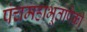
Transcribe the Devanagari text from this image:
पंचमहाभूतांपैकी